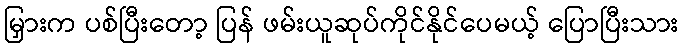
မြှားက ပစ်ပြီးတော့ ပြန် ဖမ်းယူဆုပ်ကိုင်နိုင်ပေမယ့် ပြောပြီးသား